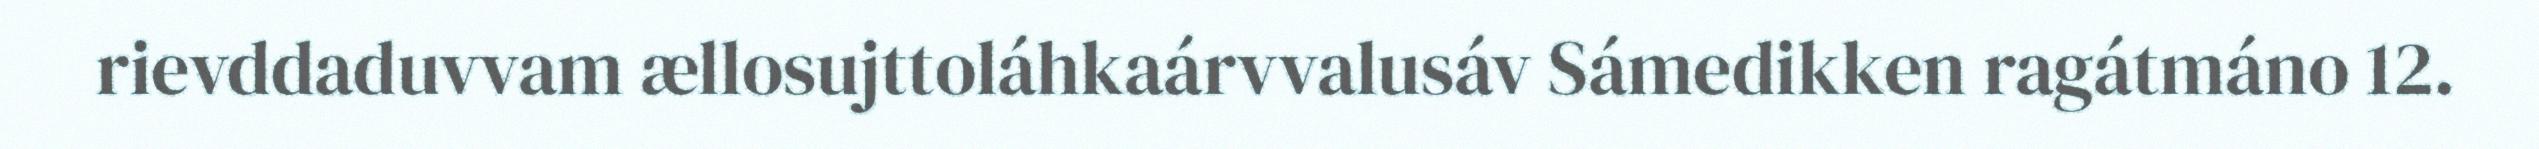
rievddaduvvam ællosujttoláhkaárvvalusáv Sámedikken ragátmáno 12.